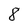
Character: 8